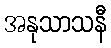
အနုသာသနီ